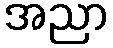
အညာ